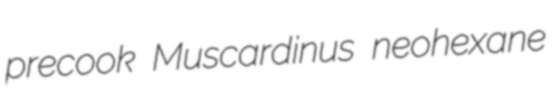
precook Muscardinus neohexane